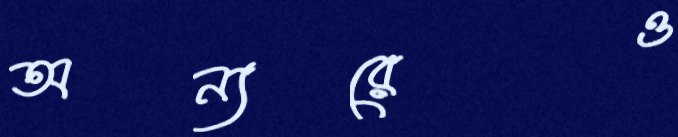
অন্যরেও